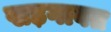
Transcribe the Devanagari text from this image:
खड़गावत